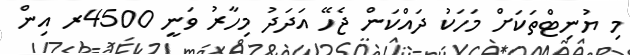
މި ޔުނިޓްތަކަށް މަހަކު ދައްކަން ޖެހޭ އަދަދު މިހާރު ވަނީ 4500ރ އިން